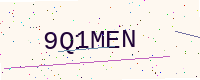
Text: 9Q1MEN